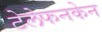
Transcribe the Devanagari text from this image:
टेलेफनकेन